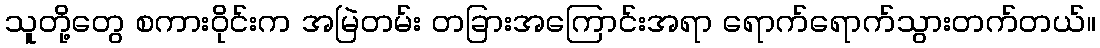
သူတို့တွေ စကားဝိုင်းက အမြဲတမ်း တခြားအကြောင်းအရာ ရောက်ရောက်သွားတက်တယ်။